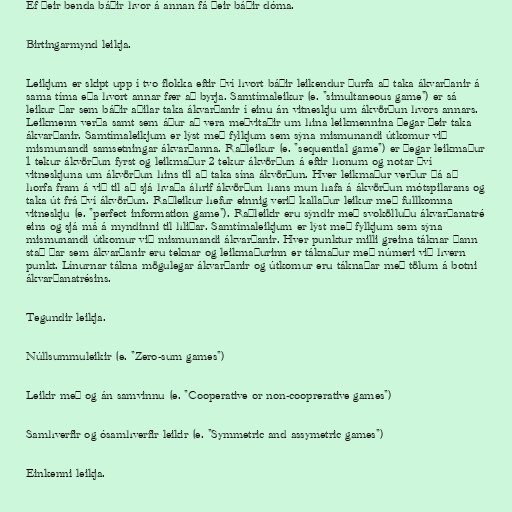
Ef þeir benda báðir hvor á annan fá þeir báðir dóma.

Birtingarmynd leikja.

Leikjum er skipt upp í tvo flokka eftir því hvort báðir leikendur þurfa að taka ákvarðanir á
sama tíma eða hvort annar fær að byrja. Samtímaleikur (e. "simultaneous game") er sá
leikur þar sem báðir aðilar taka ákvarðanir í einu án vitneskju um ákvörðun hvors annars.
Leikmenn verða samt sem áður að vera meðvitaðir um hina leikmennina þegar þeir taka
ákvarðanir. Samtímaleikjum er lýst með fylkjum sem sýna mismunandi útkomur við
mismunandi samsetningar ákvarðanna. Raðleikur (e. "sequential game") er þegar leikmaður
1 tekur ákvörðun fyrst og leikmaður 2 tekur ákvörðun á eftir honum og notar því
vitneskjuna um ákvörðun hins til að taka sína ákvörðun. Hver leikmaður verður þá að
horfa fram á við til að sjá hvaða áhrif ákvörðun hans mun hafa á ákvörðun mótspilarans og
taka út frá því ákvörðun. Raðleikur hefur einnig verið kallaður leikur með fullkomna
vitneskju (e. "perfect information game"). Raðleikir eru sýndir með svokölluðu ákvarðanatré
eins og sjá má á myndinni til hliðar. Samtímaleikjum er lýst með fylkjum sem sýna
mismunandi útkomur við mismunandi ákvarðanir. Hver punktur milli greina táknar þann
stað þar sem ákvarðanir eru teknar og leikmaðurinn er táknaður með númeri við hvern
punkt. Línurnar tákna mögulegar ákvarðanir og útkomur eru táknaðar með tölum á botni
ákvarðanatrésins.

Tegundir leikja.

Núllsummuleikir (e. "Zero-sum games")

Leikir með og án samvinnu (e. "Cooperative or non-cooprerative games")

Samhverfir og ósamhverfir leikir (e. "Symmetric and assymetric games")

Einkenni leikja.